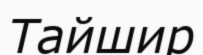
Тайшир